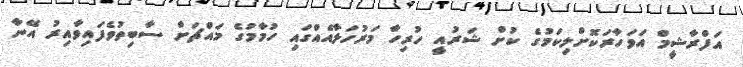
އަފްރާޝީމް އަވަހާރަކޮށްލިކަމުގެ ކުށް ޝަރުއީ ހުރިހާ މަރުހަލާއެއްގައި ހުމާމުގެ މައްޗަށް ސާބިތުވެފައިވާއިރު އޭނާ